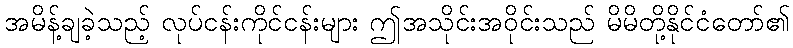
အမိန့်ချခဲ့သည့် လုပ်ငန်းကိုင်ငန်းများ ဤအသိုင်းအဝိုင်းသည် မိမိတို့နိုင်ငံတော်၏